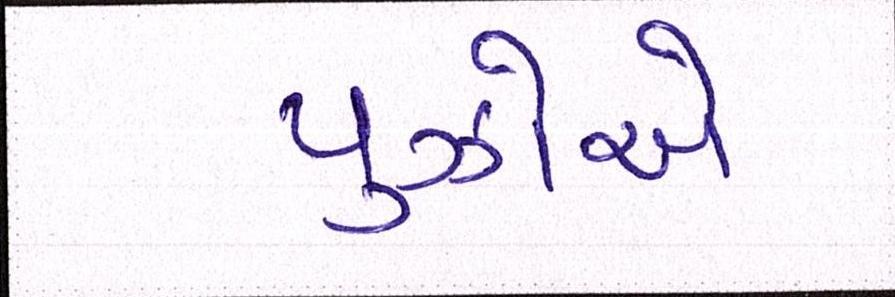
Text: પુઝોએ